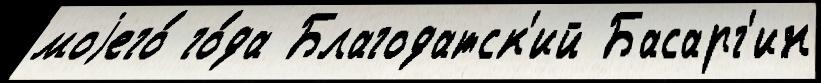
моjего́ го́да Благодатск'ий Басарг'ин